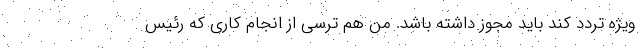
ویژه تردد کند باید مجوز داشته باشد. من هم ترسی از انجام کاری که رئیس